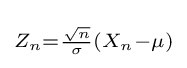
\scriptstyle Z_{n}={\frac {\sqrt {n}}{\sigma }}(X_{n}-\mu )